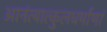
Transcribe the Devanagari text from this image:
आनंत्यात्कुलधर्माणां